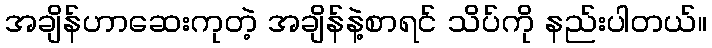
အချိန်ဟာဆေးကုတဲ့ အချိန်နဲ့စာရင် သိပ်ကို နည်းပါတယ်။